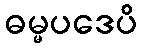
ဓမ္မပဒေပိ